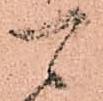
可